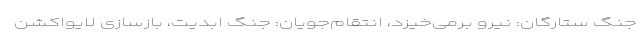
جنگ ستارگان: نیرو برمی‌خیزد، انتقام‌جویان: جنگ ابدیت، بازسازی لایواکشن